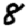
Digit: 8